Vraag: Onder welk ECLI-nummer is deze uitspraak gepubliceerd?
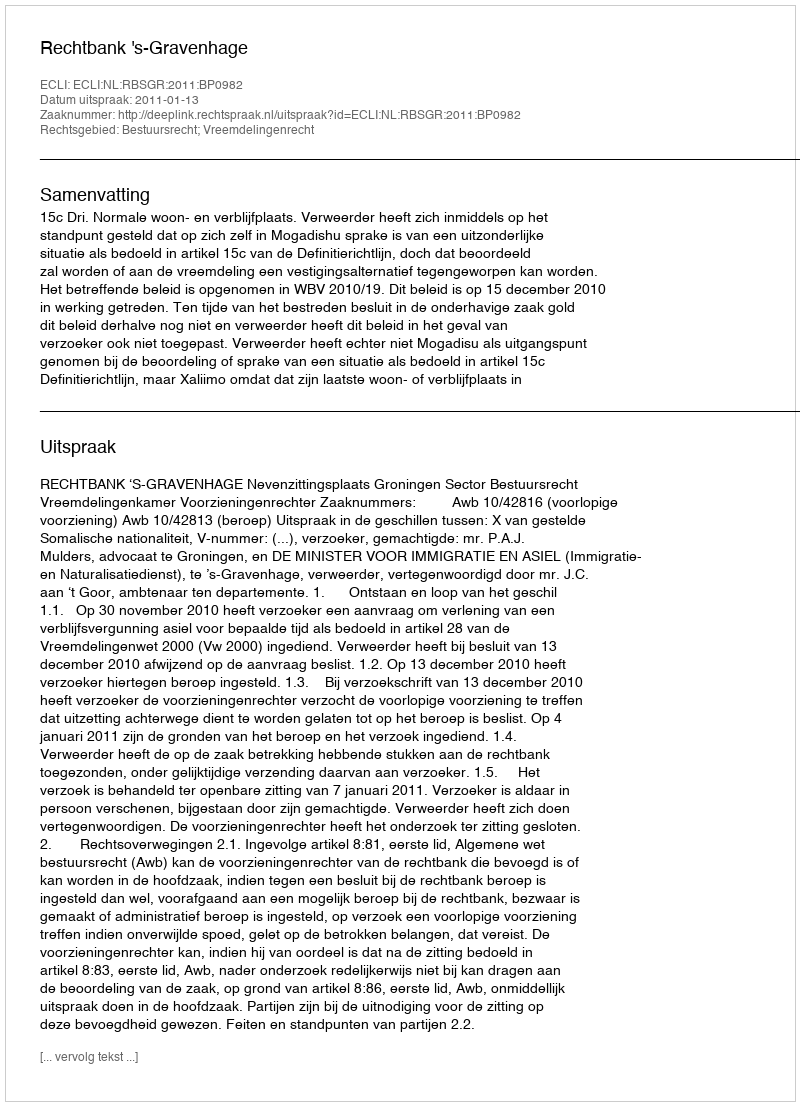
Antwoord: ECLI:NL:RBSGR:2011:BP0982